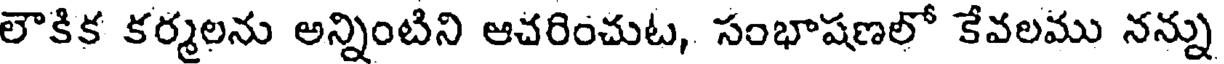
లౌకిక కర్మలను అన్నింటిని ఆచరించుట, సంభాషణలో కేవలము నన్ను